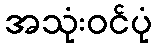
အသုံးဝင်ပုံ